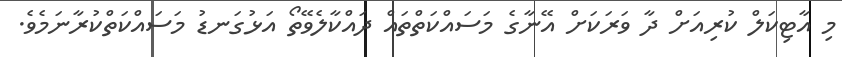
މި އާޓިކަލް ކުރިއަށް ދާ ވަރަކަށް އޭނާގެ މަސައްކަތްތައް ދައްކާލެވޭތޯ އަޅުގަނޑު މަސައްކަތްކުރާނަމެވެ.